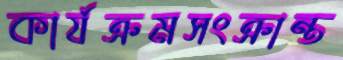
কার্যক্রমসংক্রান্ত